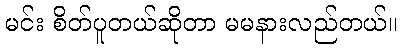
မင်း စိတ်ပူတယ်ဆိုတာ မမနားလည်တယ်။